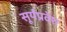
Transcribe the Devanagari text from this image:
सूर्यप्रवेश